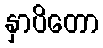
နှာပိတော